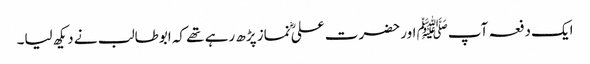
ایک دفعہ آپﷺ اور حضرت علیؓ نماز پڑھ رہے تھے کہ ابوطالب نے دیکھ لیا۔